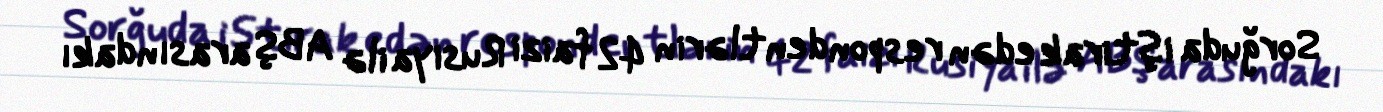
Sorğuda iştirak edən respondentlərin 42 faizi Rusiya ilə ABŞ arasındakı